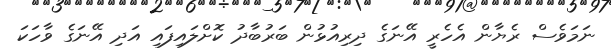
ނަމަވެސް ރެޔާން އެހެރީ އޭނަގެ ދިރިއުޅުން ބަރުބާދު ކޮށްލައިފައި އަދި އޭނަގެ ވާހަކަ